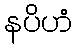
နပိဟံ